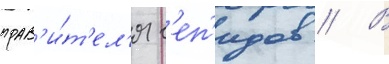
прав'и́т'ел'я г'еп'идов // В